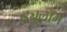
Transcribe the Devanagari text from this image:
ड्यूलाँग